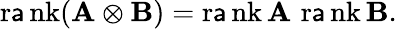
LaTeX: \operatorname{r\mathsf{a}nk}(\mathbf{{A}}\otimes\mathbf{{B}})=\operatorname{r\mathsf{a}nk}\mathbf{{A}}\, \operatorname{r\mathsf{a}nk}\mathbf{{B}}.